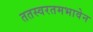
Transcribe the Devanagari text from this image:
ततस्वरतमभावेन